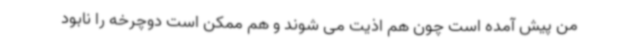
من پیش آمده است چون هم اذیت می شوند و هم ممکن است دوچرخه را نابود